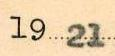
nuksena on aluksessa ainoastaan varastohuone perällä.